Plague in India, 1896, 1897 - Volume 3
Year: 1896
Disease focus: Plague
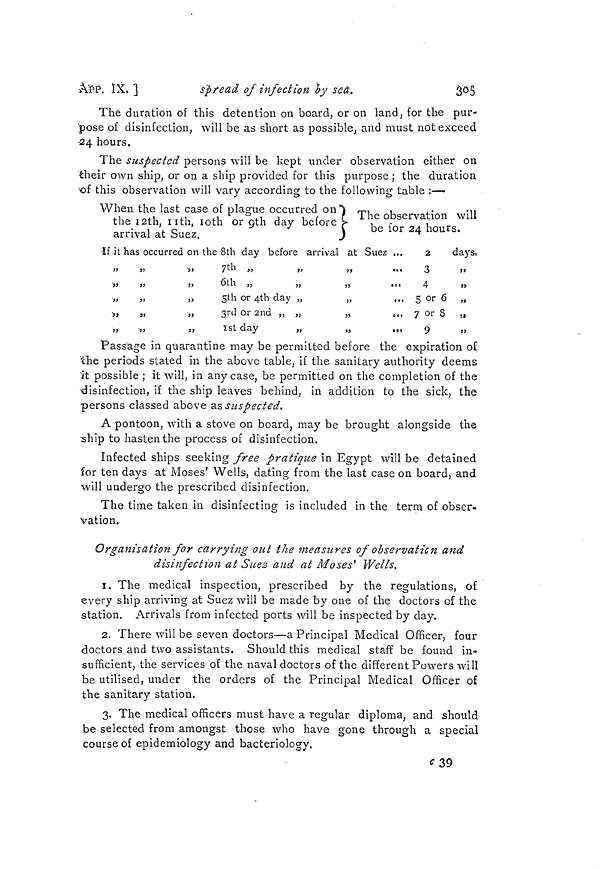
APP. IX. ]
spread of infection by sea.
305
The duration of this detention on board, or on land, for the pur-
pose of disinfection, will be as short as possible, and must not exceed
24 hours.
The suspected persons will be kept under observation either on
their own ship, or on a ship provided for this purpose ; the duration
of this observation will vary according to the following table :-—
When the last case of plague occurred on
the 1 2th, nth, i o th or gth day before
arrival at Suez.
The observation will
be for 24 hours.
it has occurred on the 8th day before arrival at Suez ...
2
days.
,,
,,
,,
7th
,,
,,
,,
...
,,
,,
,,
6th
,,
,,
,,
...
,, ,, ,, 5th or 4th day ,, ,, ,, ...
,, ,, ,, 3rd or 2nd ,, ,, ,, ...
,,
,,
,,
1st
day
,,
,,
,,
...
3
4
5 or 6
7 or 3
9
Passage in quarantine may be permitted before the expiration of
the periods stated in the above table, if the sanitary authority deems
ut possible ; it will, in any case, be permitted on the completion of the
disinfection, if the ship leaves behind, in addition to the sick, the
persons classed above as suspected,
A pontoon, with a stove on board, may be brought alongside the
ship to hasten the process of disinfection.
Infected ships seeking free pratique in Egypt will be detained
for ten days at Moses' Wells, dating from the last case on board, and
will undergo the prescribed disinfection.
The time taken in disinfecting is included in the term of obser-
vation.
Organisation for carrying out the measures of observation and
disinfection at Suez and at Moses' Wells.
1. The medical inspection, prescribed by the regulations, of
every ship arriving at Suez will be made by one of the doctors of the
station. Arrivals from infected ports will be inspected by day.
2. There will be seven doctors—a Principal Medical Officer, four
doctors and two assistants. Should this medical staff be found in-
sufficient, the services of the naval doctors of the different Powers will
be utilised, under the orders of the Principal Medical Officer of
the sanitary station.
3. The medical officers must have a regular diploma, and should
be selected from amongst those who have gone through a special
course of epidemiology and bacteriology.
C 39